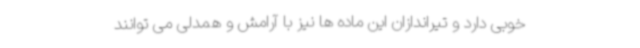
خوبی دارد و تیراندازان این ماده ها نیز با آرامش و همدلی می توانند